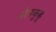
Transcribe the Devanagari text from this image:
सोमकुडु